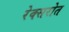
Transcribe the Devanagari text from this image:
रेक्सरोत